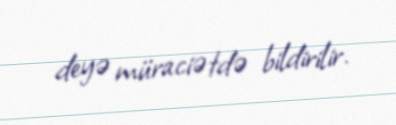
deyə müraciətdə bildirilir.